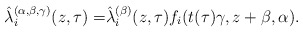
\begin{align*}\hat{\lambda}_i^{(\alpha,\beta,\gamma)}(z,\tau) =& \hat{\lambda}_i^{(\beta)}(z,\tau) f_i(t(\tau) \gamma, z+\beta, \alpha).\end{align*}